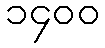
၁၄၀၀